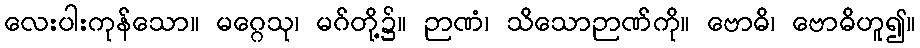
လေးပါးကုန်သော။ မဂ္ဂေသု၊ မဂ်တို့၌။ ဉာဏံ၊ သိသောဉာဏ်ကို။ ဗောဓိ၊ ဗောဓိဟူ၍။